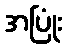
အပြုံး